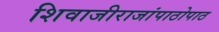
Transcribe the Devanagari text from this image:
शिवाजीराजांपाठोपाठ